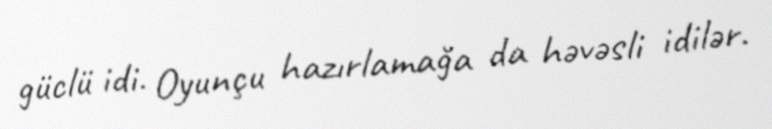
güclü idi. Oyunçu hazırlamağa da həvəsli idilər.